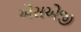
એસએજી